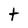
Character: t